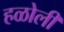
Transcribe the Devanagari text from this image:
हळोली